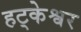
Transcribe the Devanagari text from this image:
हट्केश्वर